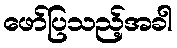
ဖော်ပြသည့်အခါ